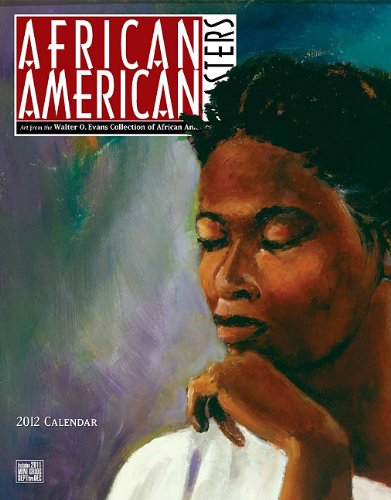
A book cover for African American Masters 2012 Calendar; Calendars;